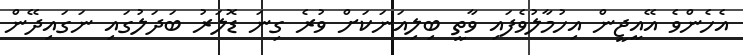
އެހެންވެ އޭއީޖީން އިހުމާލުވެފައި ވާތީ ބިލިއަނަކަށް ވުރެ ގިނަ ޑޮލަރު ބަދަލުގައި ނަގައިދޭން